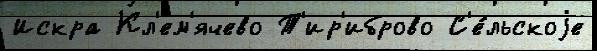
Искра Кл'ем'ячево Т'ир'иброво С'е́льскоjе